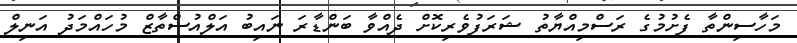
މަހާސިންތާ ފެށުމުގެ ރަސްމިއްޔާތު ޝަރަފުވެރިކޮށް ދެއްވާ ބަންޑާރަ ނައިބު އަލްއުސްތާޒް މުހައްމަދު އަނިލް